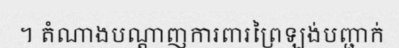
។ តំណាងបណ្តាញការពារព្រៃឡង់បញ្ជាក់